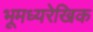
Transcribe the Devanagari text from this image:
भूमध्यरेखिक